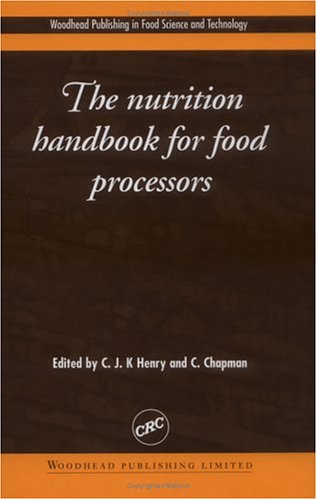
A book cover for The Nutrition Handbook for Food Processors; Cookbooks, Food & Wine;